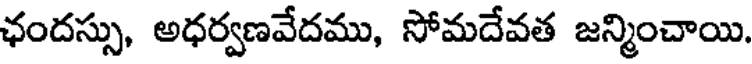
ఛందస్సు, అధర్వణవేదము, సోమదేవత జన్మించాయి.